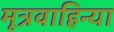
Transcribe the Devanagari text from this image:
मूत्रवाहिन्या